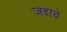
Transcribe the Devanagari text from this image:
जडाचे